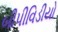
બીપીવિડીયો